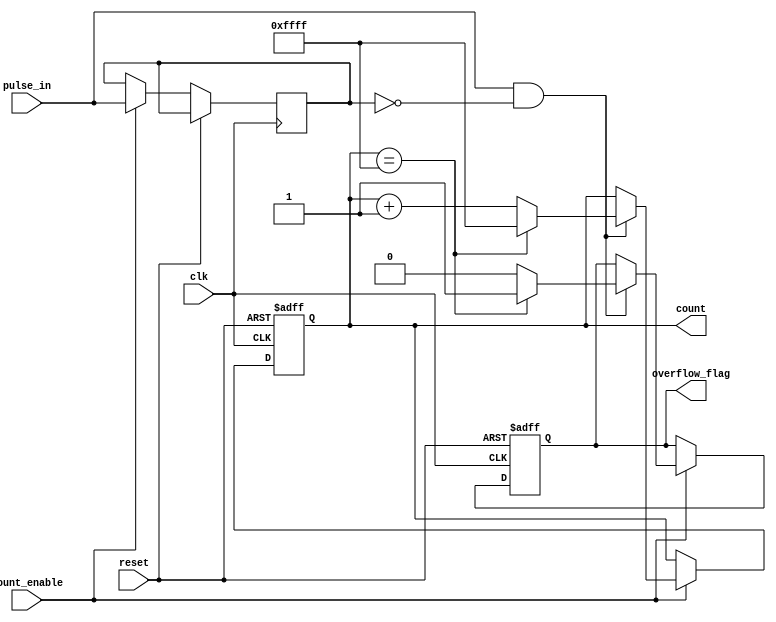
module PulseCounter (
    input wire clk,           // Clock signal
    input wire reset,         // Reset signal
    input wire pulse_in,      // Input pulse signal
    input wire count_enable,   // Count enable signal
    output reg [15:0] count,  // 16-bit count output
    output reg overflow_flag   // Overflow flag
);

    reg pulse_delayed; // Register for pulse delay to detect rising edge

    // Always block for edge detection and counting
    always @(posedge clk or posedge reset) begin
        if (reset) begin
            count <= 16'd0;          // Reset the counter
            overflow_flag <= 1'b0;   // Clear overflow flag
        end else if (count_enable) begin
            // Detect rising edge of pulse_in
            pulse_delayed <= pulse_in; // Delay the pulse signal
            if (pulse_in && !pulse_delayed) begin // Positive edge detected
                if (count == 16'hFFFF) begin
                    count <= 16'hFFFF; // Max count reached, don't increment
                    overflow_flag <= 1'b1;  // Set overflow flag
                end else begin
                    count <= count + 1'b1; // Increment counter
                    overflow_flag <= 1'b0;  // Clear overflow flag
                end
            end
        end
    end

endmodule